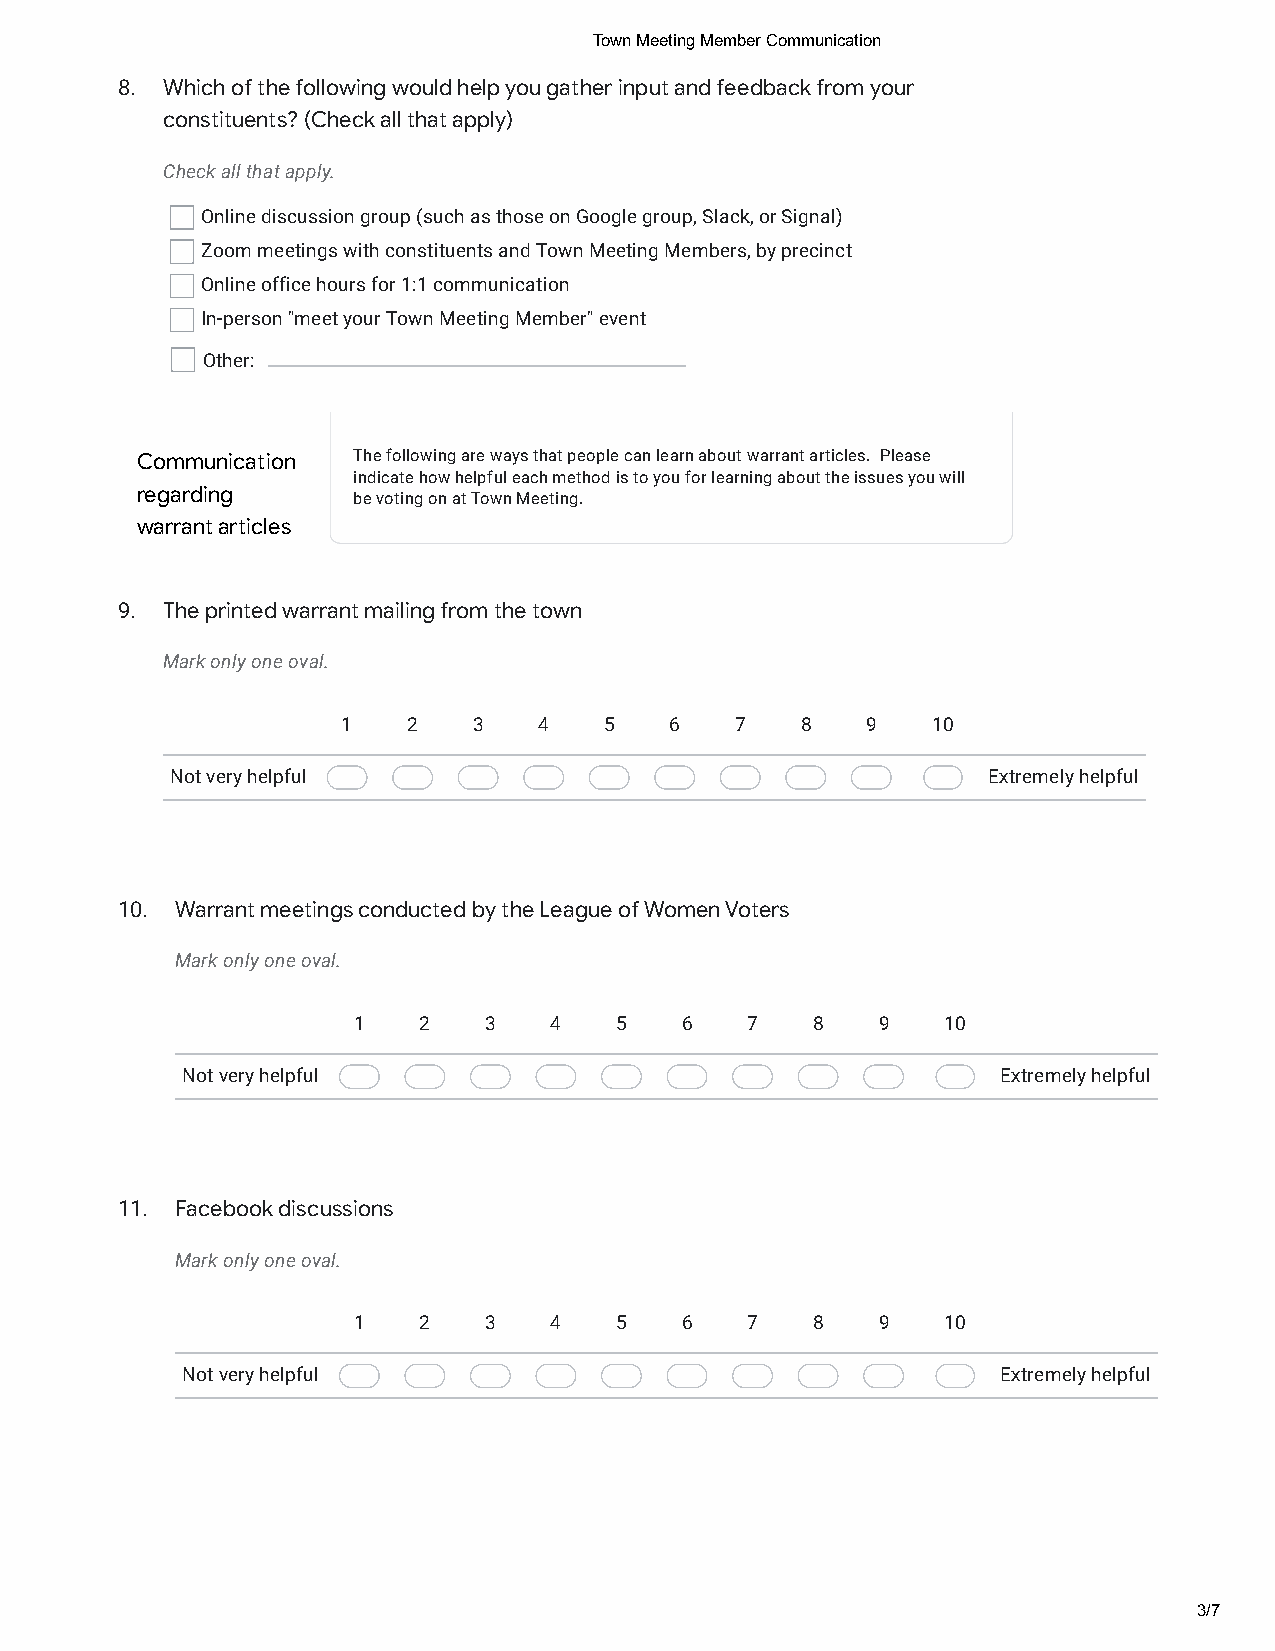
Town Meeting Member Communication
 8. Which of the following would help you gather input and feedback from your
 constituents? (Check all that apply)
 Check all that apply.
 Online discussion group (such as those on Google group, Slack, or Signal)
 Zoom meetings with constituents and Town Meeting Members, by precinct
 Online office hours for 1:1 communication
 In-person "meet your Town Meeting Member" event
 Other:
 Communication The following are ways that people can learn about warrant articles. Please
 indicate how helpful each method is to you for learning about the issues you will
 regarding     be voting on at Town Meeting.
 warrant articles
 9. The printed warrant mailing from the town
 Mark only one oval.
 1   2   3    4   5   6    7   8   9    10
 Not very helpful                                      Extremely helpful
 10. Warrant meetings conducted by the League of Women Voters
 Mark only one oval.
 1    2   3   4    5   6   7    8   9    10
 Not very helpful                                      Extremely helpful
 11. Facebook discussions
 Mark only one oval.
 1    2   3   4    5   6   7    8   9    10
 Not very helpful                                      Extremely helpful
 3/7